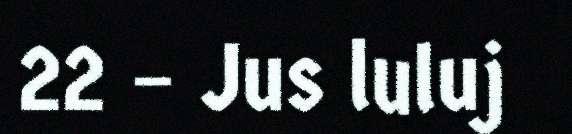
22 – Jus luluj